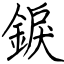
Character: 錑